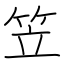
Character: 笠